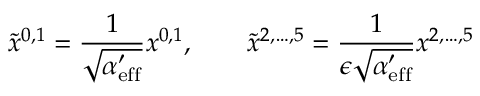
\tilde { x } ^ { 0 , 1 } = \frac { 1 } { \sqrt { \alpha _ { \mathrm { e f f } } ^ { \prime } } } x ^ { 0 , 1 } , \qquad \tilde { x } ^ { 2 , \ldots , 5 } = \frac { 1 } { \epsilon \sqrt { \alpha _ { \mathrm { e f f } } ^ { \prime } } } x ^ { 2 , \ldots , 5 }